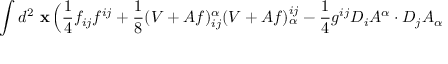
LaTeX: \int d ^ { 2 } \mathrm { \bf ~ x } \, \Big ( \frac { 1 } { 4 } f _ { i j } f ^ { i j } + \frac { 1 } { 8 } ( V + A f ) _ { i j } ^ { \alpha } ( V + A f ) _ { \alpha } ^ { i j } - \frac { 1 } { 4 } g ^ { i j } D _ { i } A ^ { \alpha } \cdot D _ { j } A _ { \alpha }